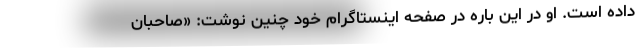
داده است. او در این باره در صفحه اینستاگرام خود چنین نوشت: «صاحبان